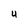
Character: U